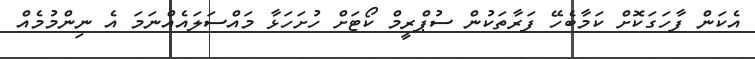
އެކަން ފާހަގަކޮށް ކަމާބެހޭ ފަރާތަކުން ސުޕްރީމް ކޯޓަށް ހުށަހަޅާ މައްސަލައެއްނަމަ އެ ނިންމުމެއް